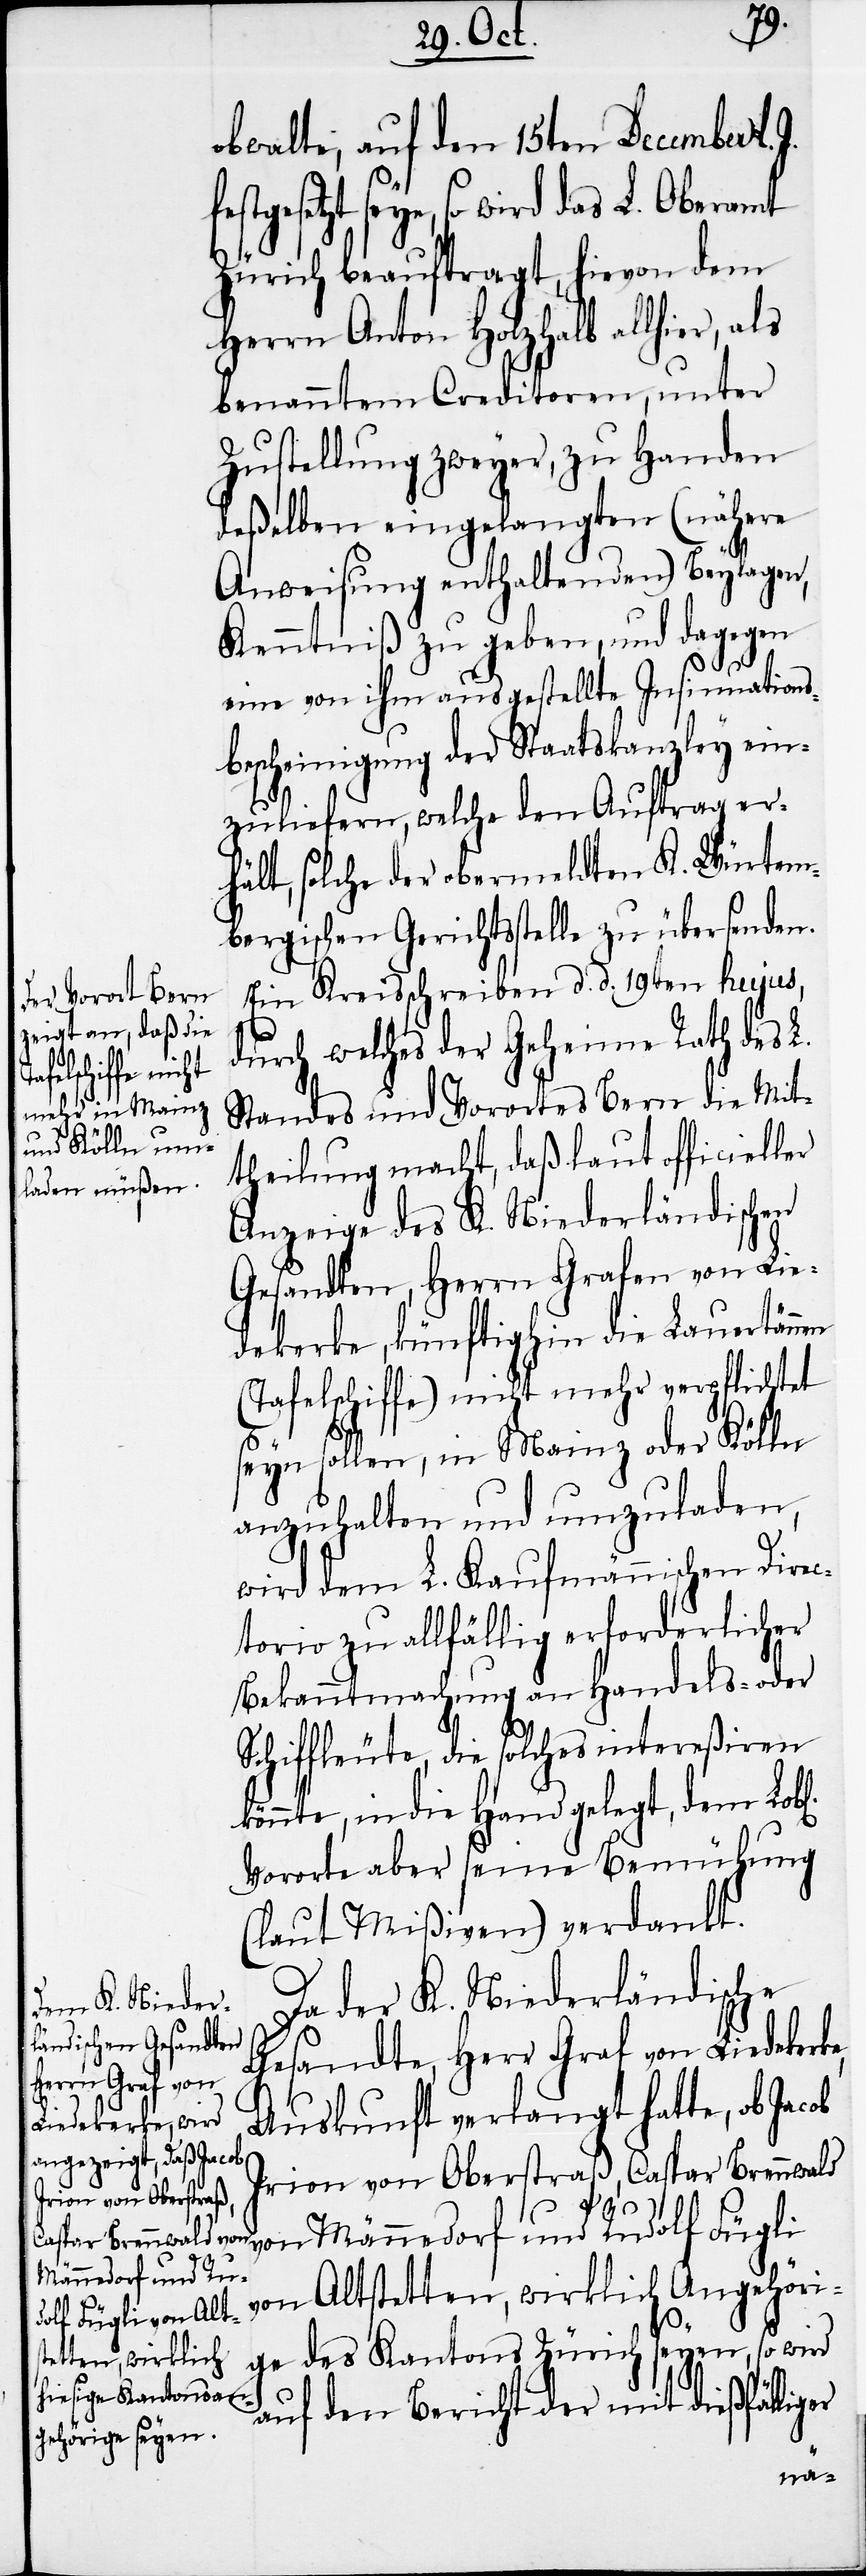
obwalte, auf den 15ten December l.
festgesetzt seye, so wird das L. Oberamt
Zürich beauftragt, hievon dem
Herrn Anton Holzhalb allhier, als
benanntem Creditoren, unter
Zustellung zweyer, zu Handen
deßelben eingelangten (nähere
Anweisung enthaltenden) Beylagen,
Kenntniß zu geben, und dagegen
e,
eine von ihm ausgestellte Insinuations¬
bescheinigung der Staatskanzley ein¬
zuliefern, welche den Auftrag er¬
hält, solche der obermeldten K. Würtem¬
bergischen Gerichtsstelle zu übersenden.
Ein Kreisschreiben d. d. 19ten hujus,
durch welches der Geheime Rath des L.
Standes und Vorortes Bern die Mit¬
theilung macht, daß laut officieller
Anzeige des K. Niederländischen
Gesandten, Herrn Grafen von Lie¬
dekerke, künftighin die Lauertännen
(Tafelschiffe) nicht mehr verpflichtet
seyn sollen, in Mainz oder Kölln
anzuhalten und umzuladen,
wird dem L. Kaufmännischen Direc¬
torio zu allfällig erforderlicher
Bekanntmachung an Handels- oder
Schiffleute, die solches intereßiren
könnte, in die Hand gelegt, dem Lob[l¬
Vororte aber seine Bemühung
(laut Mißiven) verdankt.
Da der K. Niederländische
Gesandte, Herr Graf von Liedekerk¬
Auskunft verlangt hatte, ob Jacob
Irion von Oberstraß,
Caspar Brennwald von Männedorf und Rudolf Fügli
von Altstetten, wirklich Angehöri¬
ge des Kantons Zürich seyen, so wird
auf den Bericht der mit dießfälliger
ichen]